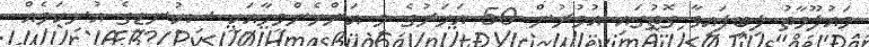
މައުލޫމާތު ލިބިފައިވާ ގޮތުގައި އުމުރުން 50 އަހަރުގެ މި އަންހެންމީހާއަކީ ސިކުނޑީގެ އުނިކަމެއް